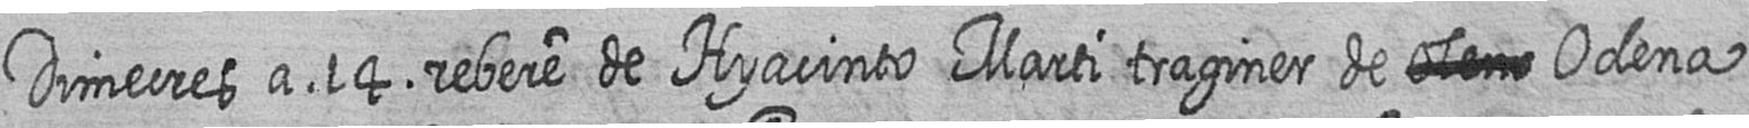
Dimecres a 14 rebere de Hyacinto Marti traginer de # Odena